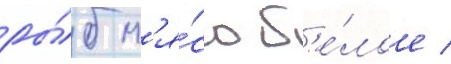
ры́б м'я́со б'е́лое /